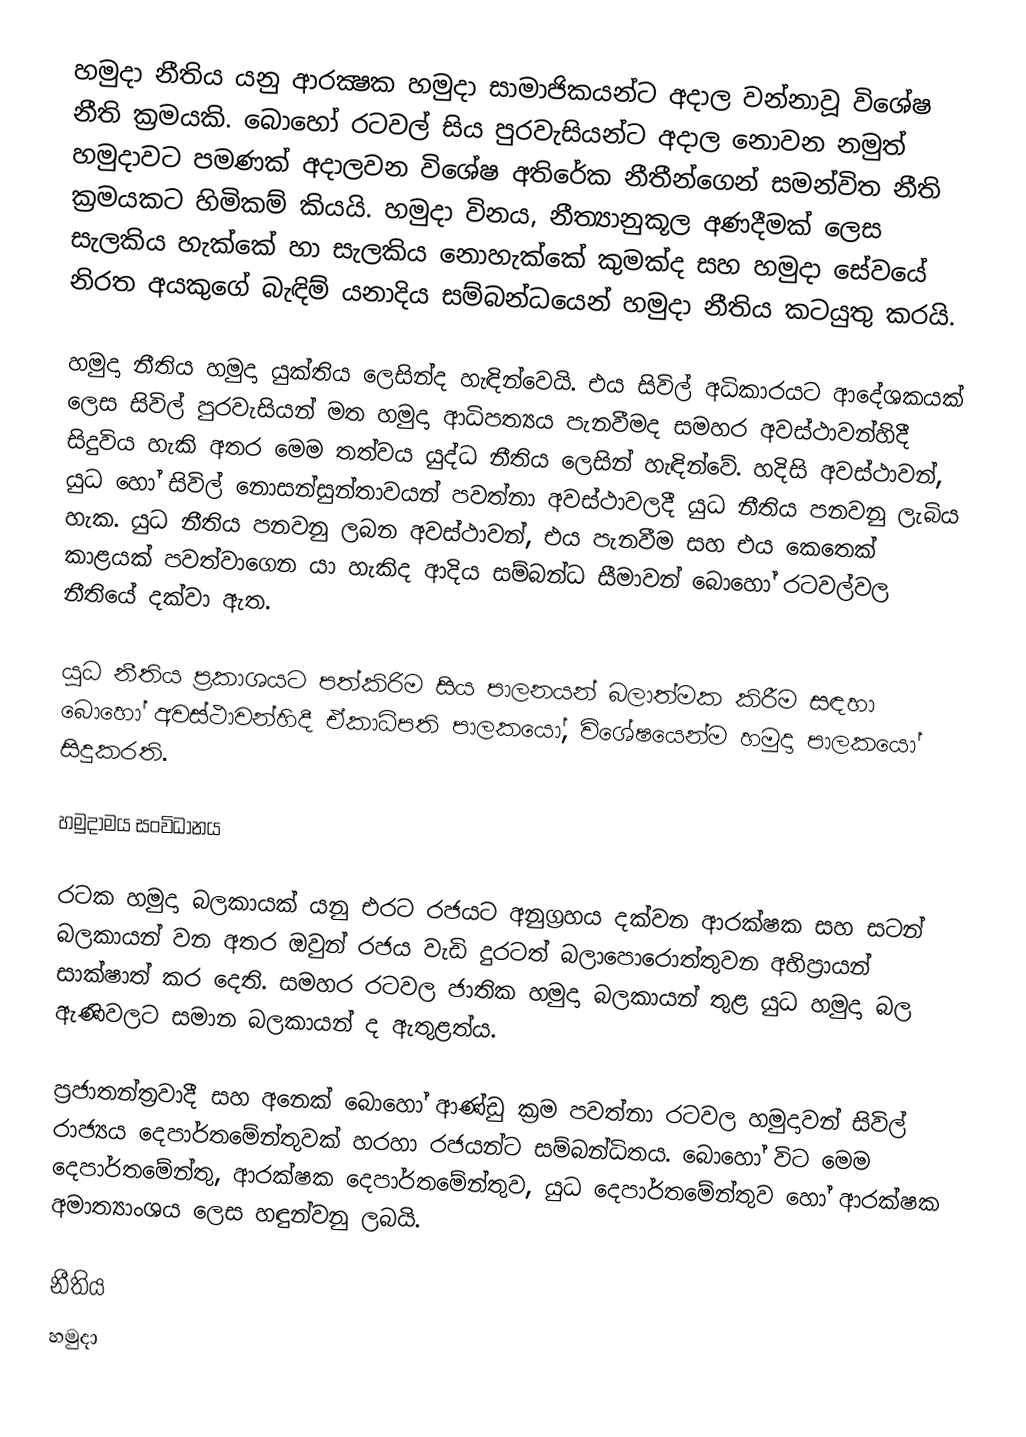
හමුදා නීතිය යනු ආරක්‍ෂක හමුදා සාමාජිකයන්ට අදාල වන්නාවූ විශේෂ නීති ක‍්‍රමයකි. බොහෝ රටවල් සිය පුරවැසියන්ට අදාල නොවන නමුත් හමුදාවට පමණක් අදාලවන විශේෂ අතිරේක නීතීන්ගෙන් සමන්විත නීති ක‍්‍රමයකට හිමිකම් කියයි. හමුදා විනය, නීත්‍යානුකූල අණදීමක් ලෙස සැලකිය හැක්කේ හා සැලකිය නොහැක්කේ කුමක්ද සහ හමුදා සේවයේ නිරත අයකුගේ බැඳිම් යනාදිය සම්බන්ධයෙන් හමුදා නීතිය කටයුතු කරයි.

හමුදා නීතිය හමුදා යුක්තිය ලෙසින්ද හැඳින්වෙයි. එය සිවිල් අධිකාරයට ආදේශකයක් ලෙස  සිවිල් පුරවැසියන් මත හමුදා ආධිපත්‍යය පැනවීමද සමහර අවස්ථාවන්හිදී සිදුවිය හැකි අතර  මෙම තත්වය යුද්ධ නීතිය ලෙසින් හැඳින්වේ. හදිසි අවස්ථාවන්, යුධ හෝ සිවිල් නොසන්සුන්තාවයන් පවත්නා අවස්ථාවලදී යුධ නීතිය පනවනු ලැබිය හැක. යුධ නීතිය පනවනු ලබන අවස්ථාවන්, එය පැනවීම සහ එය කෙතෙක් කාළයක් පවත්වාගෙන යා හැකිද ආදිය සම්බන්ධ සීමාවන් බොහෝ රටවල්වල  නීතියේ දක්වා ඇත.

යුධ නීතිය ප‍්‍රකාශයට පත්කිරිම සිය පාලනයන් බලාත්මක කිරීම සඳහා බොහෝ අවස්ථාවන්හිදී ඒකාධිපති පාලකයෝ, විශේෂයෙන්ම හමුදා පාලකයෝ සිදුකරති.

හමුදාමය සංවිධානය

රටක හමුදා බලකායක් යනු එරට රජයට අනුග්‍රහය දක්වන ආරක්ෂක සහ සටන් බලකායන් වන අතර ඔවුන් රජය වැඩි දුරටත් බලාපොරොත්තුවන අභිප්‍රායන් සාක්ෂාත් කර දෙති. සමහර රටවල ජාතික හමුදා බලකායන් තුළ යුධ හමුදා බල ඇණිවලට සම‍ාන බලකායන් ද ඇතුළත්ය.

ප්‍රජාතන්ත්‍රවාදී සහ අනෙක් බොහෝ ආණ්ඩු ක්‍රම පවත්නා රටවල හමුදාවන් සිවිල් රාජ්‍යය දෙපාර්තමේන්තුවක් හරහා රජයන්‍ට සම්බන්ධිතය. බොහෝ විට මෙම දෙපාර්තමේන්තු, ආරක්ෂක දෙපාර්තමේන්තුව, යුධ දෙපාර්තමේන්තුව හෝ ආරක්ෂක අමාත්‍යාංශය ලෙස හඳුන්වනු ලබයි.

 නීතිය
හමුදා